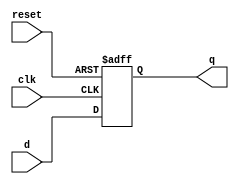
module dflipflop (
    input wire reset, // Synchronous reset input
    input wire clk,   // Clock input
    input wire d,     // D input
    output reg q      // Q output
);

// Asynchronous reset logic
always @(posedge reset or posedge clk) begin
    if (reset) begin
        q <= 1'b0; // Reset to specified state
    end else if (clk) begin
        q <= d;    // Update output on rising edge of clock
    end
end

endmodule